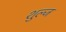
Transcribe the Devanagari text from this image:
शुल्ज